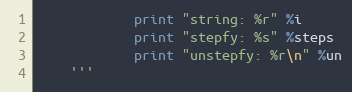
Language: Python
            print "string: %r" %i
            print "stepfy: %s" %steps
            print "unstepfy: %r\n" %un
    '''